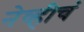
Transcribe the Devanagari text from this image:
नेव्हीचं